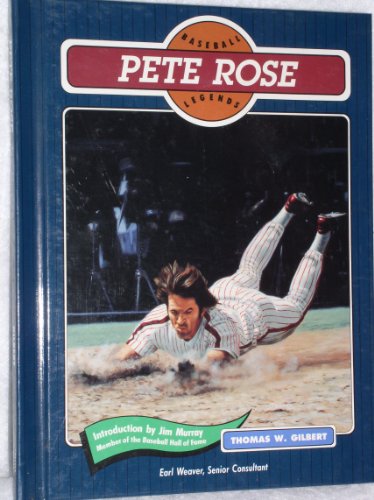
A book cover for Pete Rose (Baseball Legends); Tom Gilbert; Teen & Young Adult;